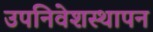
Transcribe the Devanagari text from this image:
उपनिवेशस्थापन